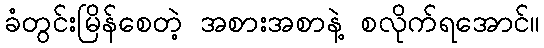
ခံတွင်းမြိန်စေတဲ့ အစားအစာနဲ့ စလိုက်ရအောင်။